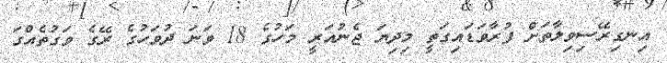
އިނގިރޭސިވިލާތަށް ފުރާވަޑައިގަތީ މިދިޔަ ޖެނުއަރީ މަހުގެ 18 ވަނަ ދުވަހުގެ ރޭގެ ވަގުތެއްގަ